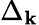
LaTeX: \Delta_{\mathbf{k}}